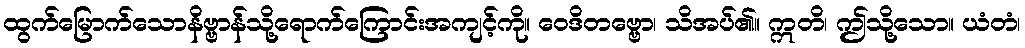
ထွက်မြောက်သောနိဗ္ဗာန်သို့ရောက်ကြောင်းအကျင့်ကို။ ဝေဒိတဗ္ဗော၊ သိအပ်၏။ ဣတိ၊ ဤသို့သော။ ယံတံ၊